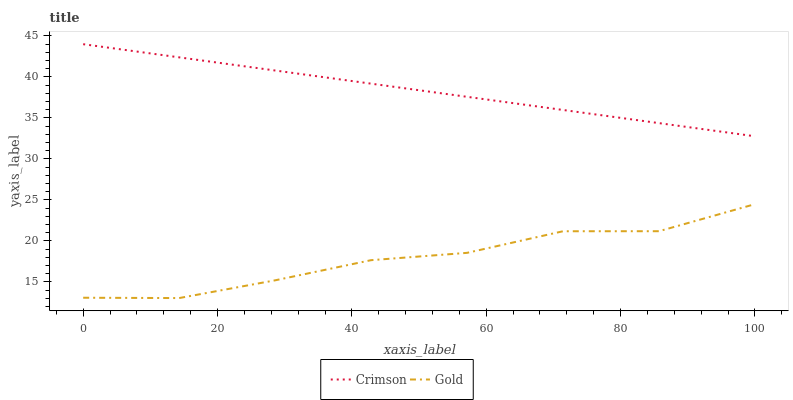
| xaxis_label | Crimson | Gold |
 | --- | --- | --- |
 | 0 | 44 | 13.1 |
 | 14.3 | 42.4 | 13 |
 | 28.6 | 40.8 | 15.2 |
 | 42.9 | 39.2 | 17.7 |
 | 57.1 | 37.6 | 18.5 |
 | 71.4 | 36 | 21.2 |
 | 85.7 | 34.4 | 21.2 |
 | 100 | 32.8 | 24.5 |